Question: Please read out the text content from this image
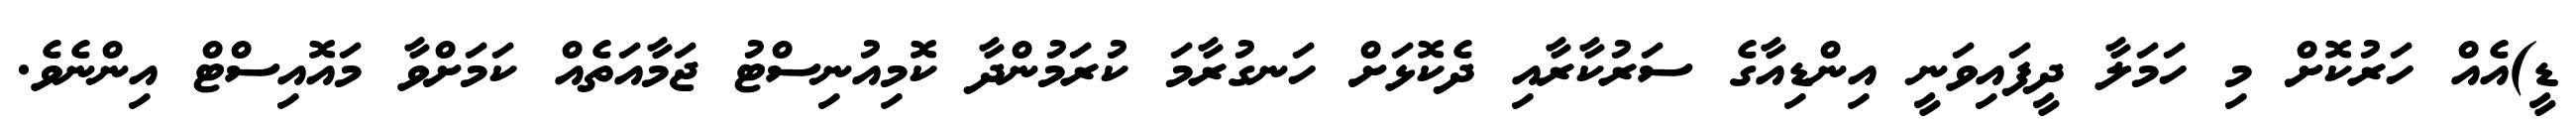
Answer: ޑީ)އެއް ހަރުކޮށް މި ހަމަލާ ދީފައިވަނީ އިންޑިއާގެ ސަރުކާރާއި ދެކޮޅަށް ހަނގުރާމަ ކުރަމުންދާ ކޮމިއުނިސްޓު ޖަމާއަތެއް ކަމަށްވާ މައޮއިސްޓް އިންނެވެ.